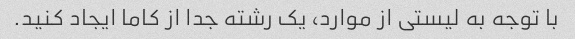
با توجه به لیستی از موارد، یک رشته جدا از کاما ایجاد کنید.